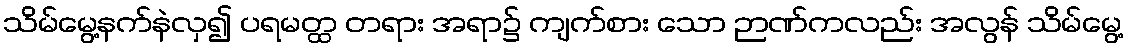
သိမ်မွေ့နက်နဲလှ၍ ပရမတ္ထ တရား အရာ၌ ကျက်စား သော ဉာဏ်ကလည်း အလွန် သိမ်မွေ့